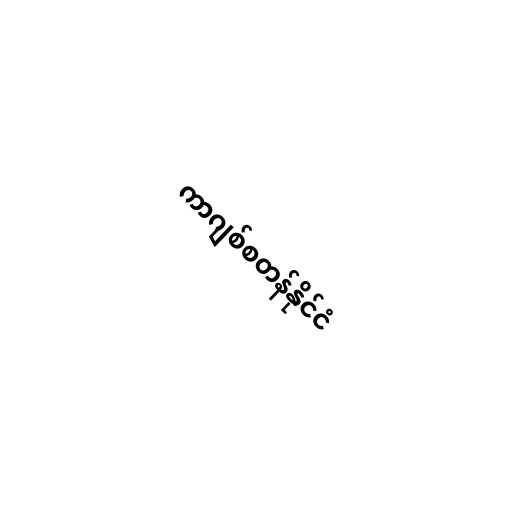
ကာဂျစ်စတန်နိုင်ငံ